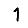
Digit: 1